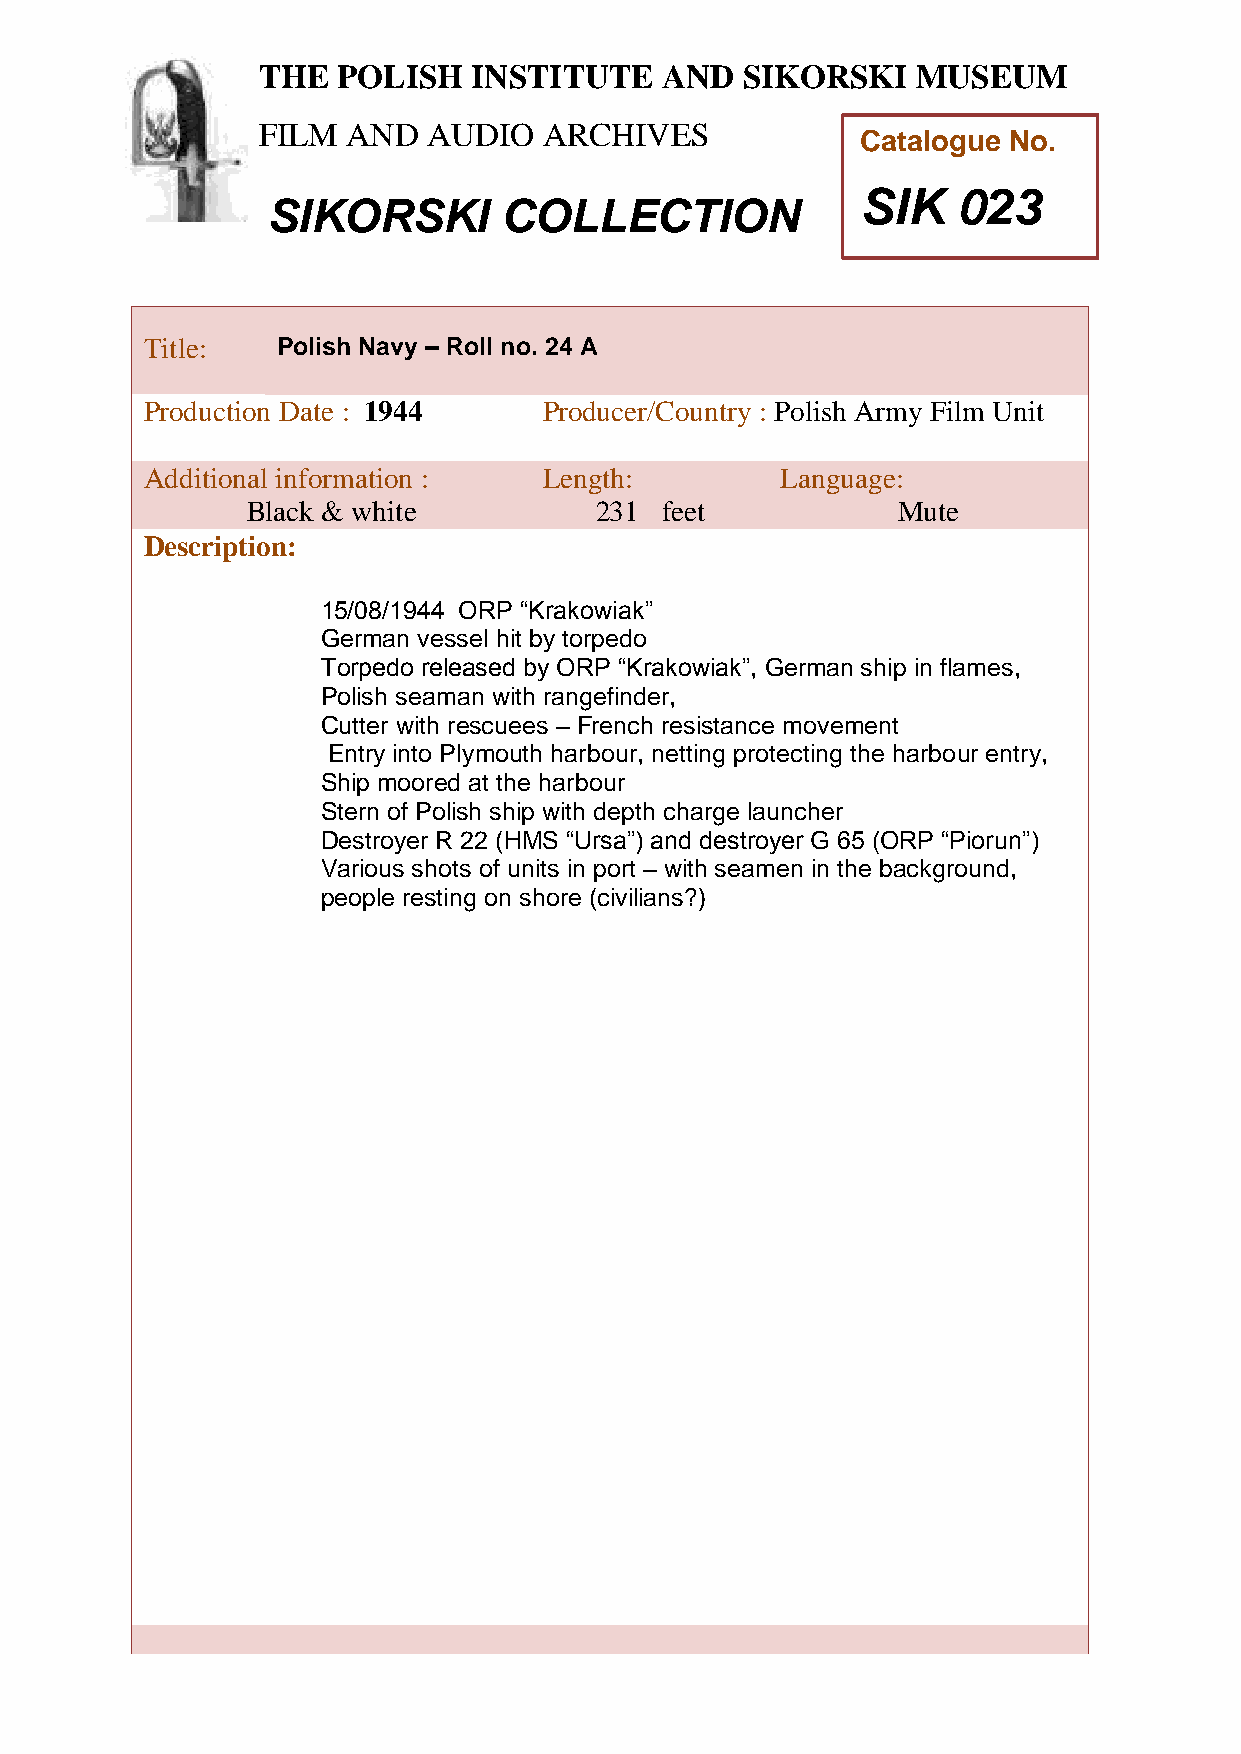
THE  POLISH   INSTITUTE    AND  SIKORSKI    MUSEUM
 FILM  AND  AUDIO   ARCHIVES
 Catalogue No.
 SIK   023
 SIKORSKI       COLLECTION
 TTitle:     Polish Navy – Roll no. 24 A
 h
 Peroduction Date : 1944    Producer/Country : Polish Army Film Unit
 AddiPtional information :  Length:         Language:
 oBlack & white          231  feet           Mute
 l
 i
 Description:
 s
 h
 15 /08/1944 ORP “Krakowiak”
 GerIman vessel hit by torpedo
 Torpnedo released by ORP “Krakowiak”, German ship in flames,
 Polish sseaman with rangefinder,
 t
 Cutter with irescuees – French resistance movement
 t
 Entry into Plymouth harbour, netting protecting the harbour entry,
 Ship moored uat the harbour
 t
 Stern of Polish ship with depth charge launcher
 e
 Destroyer R 22 (HMS “Ursa”) and destroyer G 65 (ORP “Piorun”)
 Various shots of units in port – with seamen in the background,
 a
 people resting on shore (civilians?)
 n
 d
 S
 i
 k
 o
 r
 s
 k
 i
 M
 u
 s
 e
 u
 m